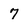
Character: 7